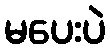
မပေးပဲ